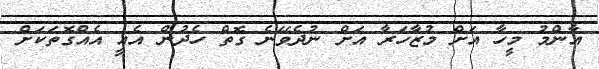
އާންމު މީހާ އަށް މުޒާހަރާ އަށް ނުދެވޭނެ ގޮތް ހެދުން އެއީ އެއްގޮތަކަށް